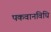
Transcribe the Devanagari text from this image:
पकवानविधि